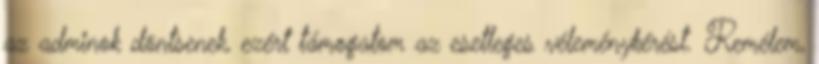
az adminok döntsenek, ezért támogatom az esetleges véleménykérést. Remélem,